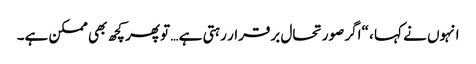
انہوں نے کہا ، “اگر صورتحال برقرار رہتی ہے … تو پھر کچھ بھی ممکن ہے۔